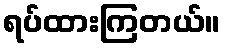
ရပ်ထားကြတယ်။